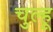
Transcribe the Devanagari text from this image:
चुल्हू